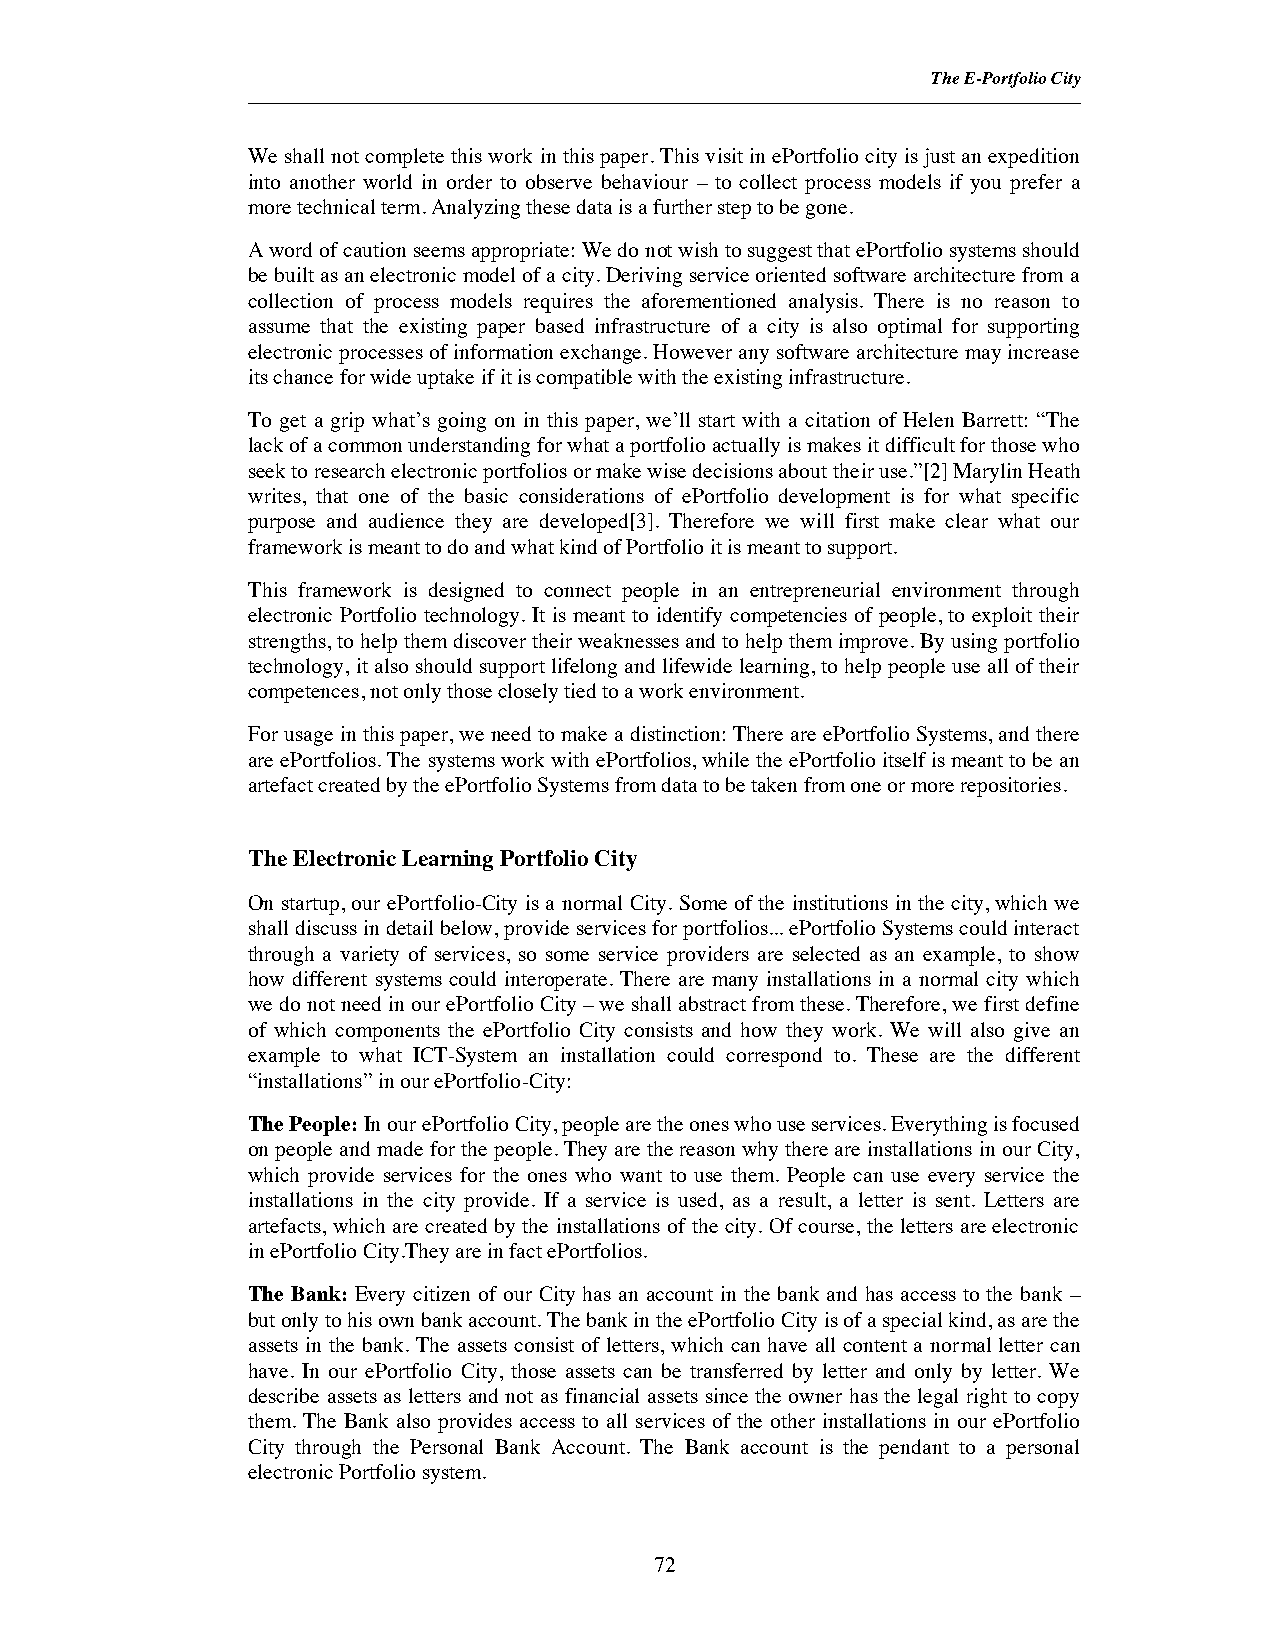
The E-Portfolio City
 We shall not complete this work in this paper. This visit in ePortfolio city is just an expedition
 into another world in order to observe behaviour – to collect process models if you prefer a
 more technical term. Analyzing these data is a further step to be gone.
 A word of caution seems appropriate: We do not wish to suggest that ePortfolio systems should
 be built as an electronic model of a city. Deriving service oriented software architecture from a
 collection of process models requires the aforementioned analysis. There is no reason to
 assume that the existing paper based infrastructure of a city is also optimal for supporting
 electronic processes of information exchange. However any software architecture may increase
 its chance for wide uptake if it is compatible with the existing infrastructure.
 To get a grip what’s going on in this paper, we’ll start with a citation of Helen Barrett: “The
 lack of a common understanding for what a portfolio actually is makes it difficult for those who
 seek to research electronic portfolios or make wise decisions about their use.”[2] Marylin Heath
 writes, that one of the basic considerations of ePortfolio development is for what specific
 purpose and audience they are developed[3]. Therefore we will first make clear what our
 framework is meant to do and what kind of Portfolio it is meant to support.
 This framework is designed to connect people in an entrepreneurial environment through
 electronic Portfolio technology. It is meant to identify competencies of people, to exploit their
 strengths, to help them discover their weaknesses and to help them improve. By using portfolio
 technology, it also should support lifelong and lifewide learning, to help people use all of their
 competences, not only those closely tied to a work environment.
 For usage in this paper, we need to make a distinction: There are ePortfolio Systems, and there
 are ePortfolios. The systems work with ePortfolios, while the ePortfolio itself is meant to be an
 artefact created by the ePortfolio Systems from data to be taken from one or more repositories.
 The Electronic Learning Portfolio City
 On startup, our ePortfolio-City is a normal City. Some of the institutions in the city, which we
 shall discuss in detail below, provide services for portfolios... ePortfolio Systems could interact
 through a variety of services, so some service providers are selected as an example, to show
 how different systems could interoperate. There are many installations in a normal city which
 we do not need in our ePortfolio City – we shall abstract from these. Therefore, we first define
 of which components the ePortfolio City consists and how they work. We will also give an
 example to what ICT-System an installation could correspond to. These are the different
 “installations” in our ePortfolio-City:
 The People:In our ePortfolio City, people are the ones who use services. Everything is focused
 on people and made for the people. They are the reason why there are installations in our City,
 which provide services for the ones who want to use them. People can use every service the
 installations in the city provide. If a service is used, as a result, a letter is sent. Letters are
 artefacts, which are created by the installations of the city. Of course, the letters are electronic
 in ePortfolio City.They are in fact ePortfolios.
 The Bank: Every citizen of our City has an account in the bank and has access to the bank –
 but only to his own bank account. The bank in the ePortfolio City is of a special kind, as are the
 assets in the bank. The assets consist of letters, which can have all content a normal letter can
 have. In our ePortfolio City, those assets can be transferred by letter and only by letter. We
 describe assets as letters and not as financial assets since the owner has the legal right to copy
 them. The Bank also provides access to all services of the other installations in our ePortfolio
 City through the Personal Bank Account. The Bank account is the pendant to a personal
 electronic Portfolio system.
 72